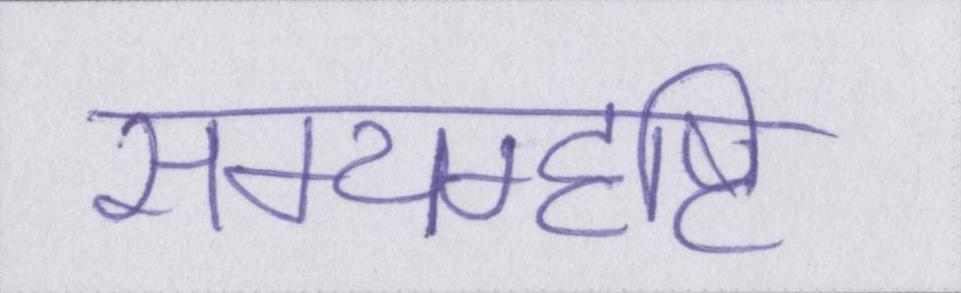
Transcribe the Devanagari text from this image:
सम्यग्दृष्टि